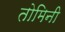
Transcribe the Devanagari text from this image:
तोमिनी